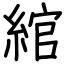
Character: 綰